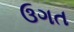
ઉગત